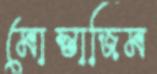
মোস্তাজিম